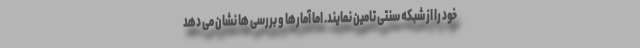
خود را از شبکه سنتی تامین نمایند. اما آمارها و بررسی ها نشان می دهد